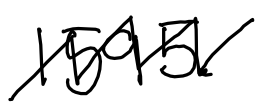
Text: 1595.
Cross-out: zig-zag
Writing tool: digital_black